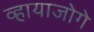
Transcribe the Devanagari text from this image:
व्हायाजोगे